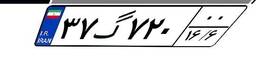
۳۷گ۷۲۰۰۰